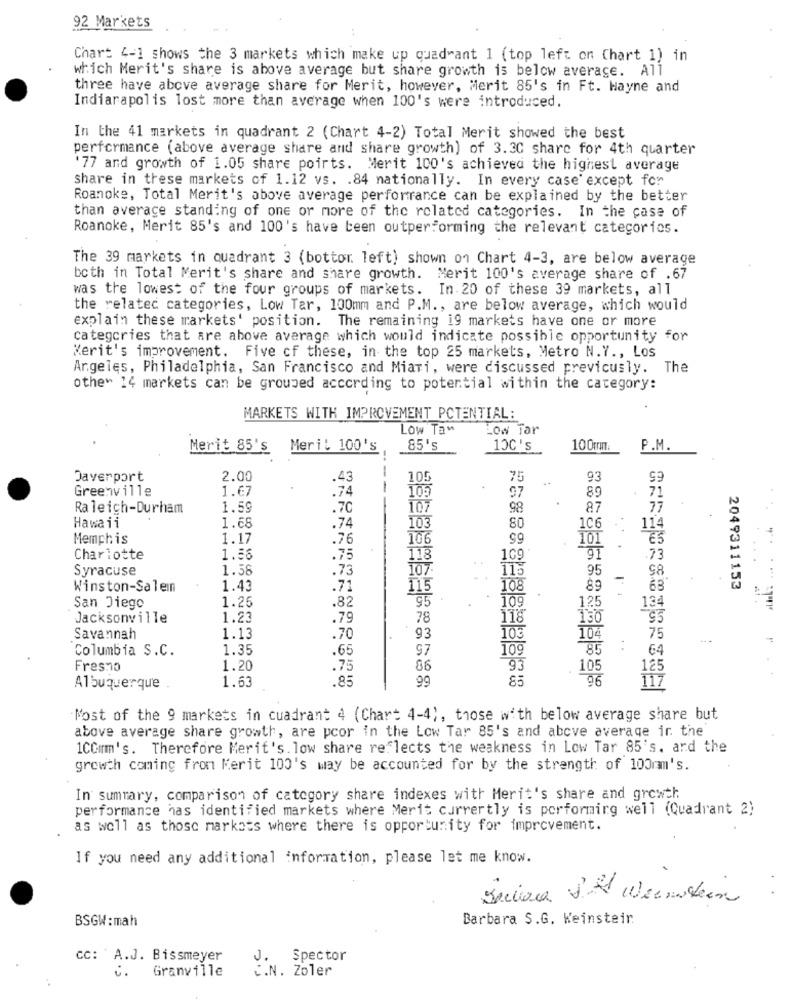
92 Markets
Chart 4-1 shows the 3 markets which make up quadrant 1 (top left on Chart 1) in
which Merit's share is above average but share growth is below average. All
three have above average share for Merit, however, Merit 85's in Ft. Hayne and
Indiarapolis lost more than average when 100's were introduced.
In the 41 markets in quadrant 2 (Chart 4-2) Total Merit showed the best
performance (above average share and share growth) of 3.30 share for 4th quarter
'77 and growth of 1.05 share poirts. Merit 100's achieved the highest average
share in these markets of 1.12 vs. . 84 nationally. In every case' except for
Roanoke, Total Merit's above average perfortrance can be explained by the better
than averace standing of one or more of the related categories. In the case of
Roanoke, Merit 85's and 100's have been outperforming the relevant categories.
The 39 markets in quadrant 3 (bottor. left) shown on Chart 4-3, are below average
both in Total Merit's share and share growth. Merit 100's average share of .67
was the lowest of the four groups of markets. In.20 of these 39 markets, all
the related categories, Low Tar, 100mm and P.M ., are below average, which would
explain these markets' position. The remaining ig markets have one or more
categories that are above average which would indicate possible opportunity for
Merit's improvement. Five cf these, in the top 25 markets, Metro N.Y ., Los
Angeles, Philadelphia, San Francisco and Miari, were discussed previcusly. The
other 14 markets can be grouped according to potential within the category:
MARKETS WITH IMPROVEMENT POTENTIAL:
Low Taw
Low far
Merit 85's
Meril 100's
85's
10C's
100mm.
P.M.
Davenport
2.00
105
75
93
99
Greenville
1.67
:74
--
105
97
71
89
Ra leich-Durham
1.59
.70
107
98
87
77
Hawaii
1.68
.74
103
80
1C6
114
Memphis
1.17
.76
106
99
E5
Charlotte
1.56
.75
118
109.
.73
Syracuse
1.58
.73
107
115
95
98
Winston-Salemn
1.43
.71
108
89
63
2049311153
1.25
95
San Diego
.82
109
1.25
134
Jacksonville
1.23
.79
78
118
95
130
Savannah
1.13
.70
93
103
75
Columbia S.C.
1.35
.65
97
109
85
..
64
Fresno
1.20
.75
86
93
105
1.63
.85
99
85
-96
Albuquerque
Most of the 9 markets in cuadrant 4 (Chart 4-4), those with below average share but
above average share growth, are pcor in the Low Tar 85's and above average ir the
1CCmm's. Therefore Merit's. low share reflects the weakness in Low Tar 85's. ard the
growth coming from Merit 100's way be accounted for by the strength of 100mm's.
In summary, comparison of category share indexes with Herit's share and growth
performance has identified markets where Merit currently is porforming well (Quadrant 2)
as well as those markets where there is opportunity for improvement.
If you need any additional information, please let me know.
Sousa SH Weinstein
BSGW : mah
Barbara S.G. Keinsteir
CC: A.J. Bissmeyer
J.
Spector
C.N. Zoler
i.
Granville